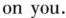
on you.